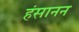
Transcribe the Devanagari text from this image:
हंसानन